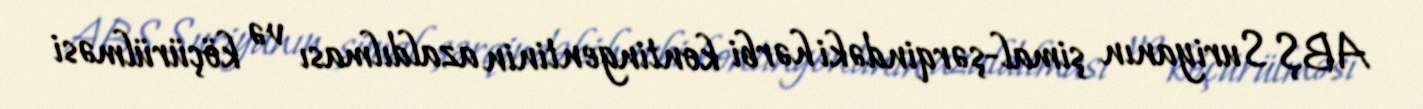
ABŞ Suriyanın şimal-şərqindəki hərbi kontingentinin azaldılması və köçürülməsi